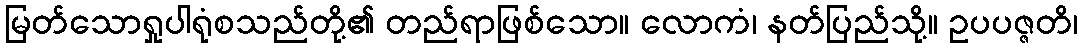
မြတ်သောရှုပါရုံစသည်တို့၏ တည်ရာဖြစ်သော။ လောကံ၊ နတ်ပြည်သို့။ ဥပပဇ္ဇတိ၊